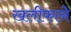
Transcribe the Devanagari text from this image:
खलीफाने